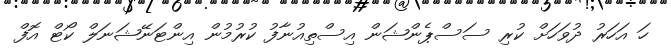
ހަ އަހަރު ދުވަހަށް ކުރި ސަސްޕެންޝަން އިސްތިއުނާފު ކުރުމުން އިންޓަނޭޝަނަލް ކޯޓް އޮފް